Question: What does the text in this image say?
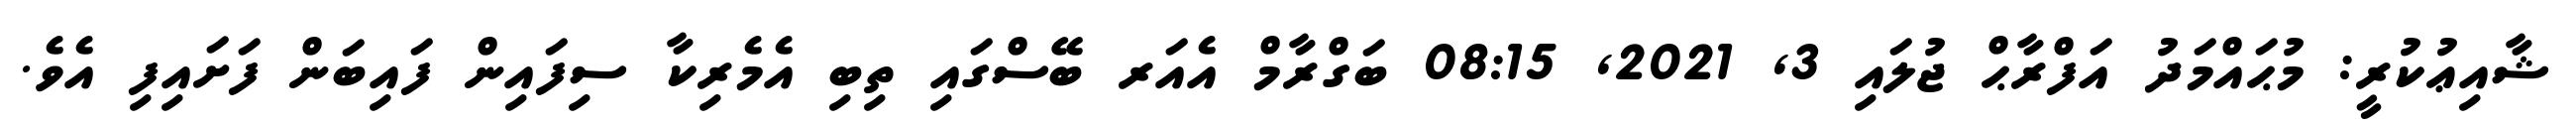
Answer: ޝާއިޢުކުރީ: މުޙައްމަދު އަފްރާޙް ޖުލައި 3, 2021, 08:15 ބަގްރާމް އެއަރ ބޭސްގައި ތިބި އެމެރިކާ ސިފައިން ފައިބަން ފަށައިފި އެވެ.